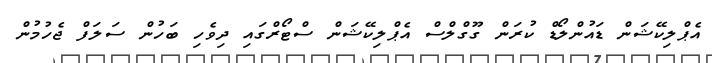
އެޕްލިކޭޝަން ޑައުންލޯޑް ކުރަން ގޫގްލްސް އެޕްލިކޭޝަން ސްޓޯރްގައި ދިވެހި ބަހުން ސަލަފް ޖެހުމުން